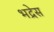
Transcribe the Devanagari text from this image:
भद्रेस